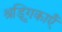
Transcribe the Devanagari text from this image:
श्रृड्गिकाएँ